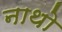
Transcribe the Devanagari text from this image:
नाथो